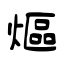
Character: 熰